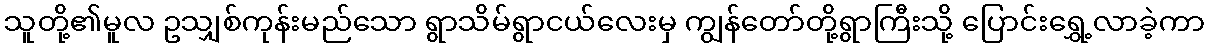
သူတို့၏မူလ ဥသျှစ်ကုန်းမည်သော ရွာသိမ်ရွာငယ်လေးမှ ကျွန်တော်တို့ရွာကြီးသို့ ပြောင်းရွှေ့လာခဲ့ကာ